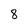
Character: 8